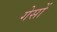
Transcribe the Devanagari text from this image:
गेसों